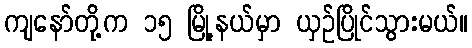
ကျနော်တို့က ၁၅ မြို့နယ်မှာ ယှဉ်ပြိုင်သွားမယ်။